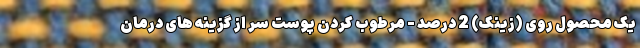
یک محصول روی (زینک) 2 درصد - مرطوب کردن پوست سر از گزینه های درمان